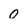
Character: 0